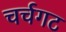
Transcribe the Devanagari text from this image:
चर्चगट